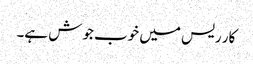
کار ریس میں خوب جوش ہے۔